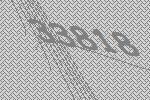
33818